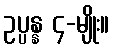
ဥပ္ပန္န ၄-မျိုး။